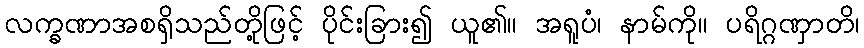
လက္ခဏာအစရှိသည်တို့ဖြင့် ပိုင်းခြား၍ ယူ၏။ အရူပံ၊ နာမ်ကို။ ပရိဂ္ဂဏှာတိ၊